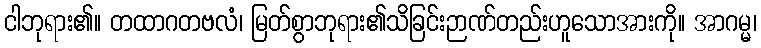
ငါဘုရား၏။ တထာဂတဗလံ၊ မြတ်စွာဘုရား၏သိခြင်းဉာဏ်တည်းဟူသောအားကို။ အာဂမ္မ၊